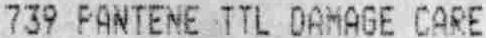
739 PANTENE TTL DAMAGE CARE